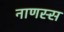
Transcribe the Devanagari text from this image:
नाणस्स